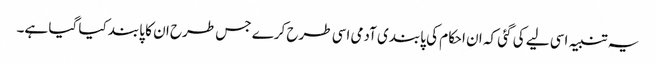
یہ تنبیہ اسی لیے کی گئی کہ ان احکام کی پابندی آدمی اسی طرح کرے جس طرح ان کا پابند کیا گیا ہے۔